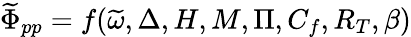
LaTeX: \widetilde{\Phi}_{pp}=f(\widetilde{\omega},\Delta,H,M,\Pi,C_{f},R_{T},\beta)